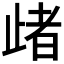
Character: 𣦈